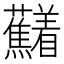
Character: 𱿍